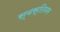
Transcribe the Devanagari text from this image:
स्वस्तियम